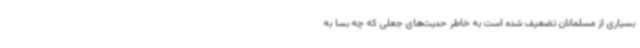
بسیاری از مسلمانان تضعیف شده است به خاطر حدیث‌های جعلی که چه بسا به